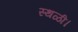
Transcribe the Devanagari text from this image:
स्थळी।